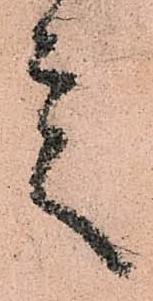
言